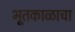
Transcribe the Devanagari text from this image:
भूतकाळाचा